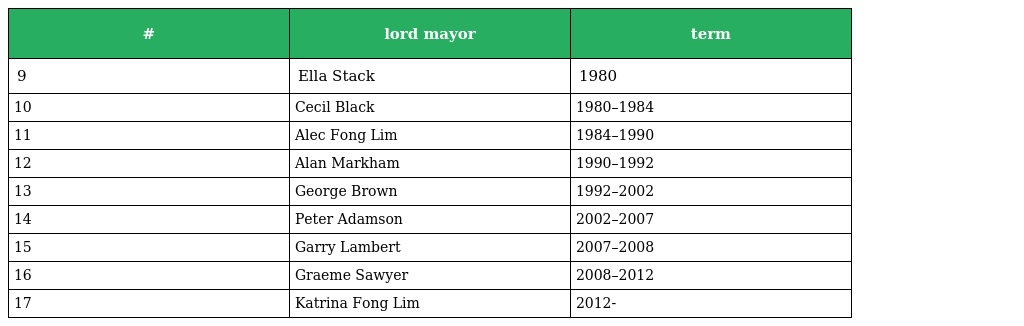
| # | lord mayor | term |
 | --- | --- | --- |
 | 9 | Ella Stack | 1980 |
 | 10 | Cecil Black | 1980–1984 |
 | 11 | Alec Fong Lim | 1984–1990 |
 | 12 | Alan Markham | 1990–1992 |
 | 13 | George Brown | 1992–2002 |
 | 14 | Peter Adamson | 2002–2007 |
 | 15 | Garry Lambert | 2007–2008 |
 | 16 | Graeme Sawyer | 2008–2012 |
 | 17 | Katrina Fong Lim | 2012- |